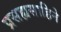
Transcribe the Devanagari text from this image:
प्रसह्यसाहिने